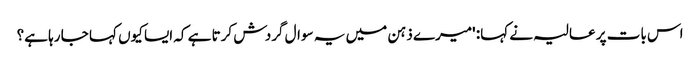
اس بات پر عالیہ نے کہا: 'میرے ذہن میں یہ سوال گردش کرتا ہے کہ ایسا کیوں کہا جا رہا ہے؟